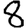
Digit: 8